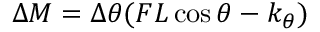
\Delta M = \Delta \theta ( F L \cos \theta - k _ { \theta } )